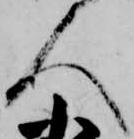
人